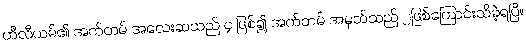
ဟီလီယမ်၏ အက်တမ် အလေးဆသည် ၄ ဖြစ်၍ အက်တမ် အမှတ်သည် ၂ဖြစ်ကြောင်းသိခဲ့ရပြီ။